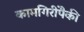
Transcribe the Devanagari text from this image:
कामगिरींपैकी